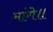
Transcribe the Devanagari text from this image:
मांगे॥